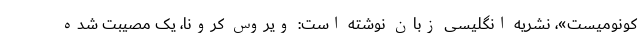
کونومیست»، نشریه انگلیسی زبان نوشته است: ویروس کرونا، یک مصیبت شده